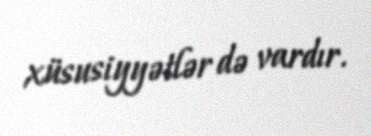
xüsusiyyətlər də vardır.